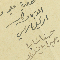
المقر به وكاتب الوكيل الشرعي حنا سَابا جبرايل نقولا